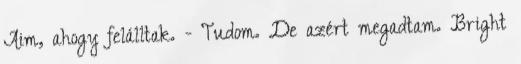
Aim, ahogy felálltak. - Tudom. De azért megadtam. Bright